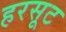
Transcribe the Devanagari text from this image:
हरसूट